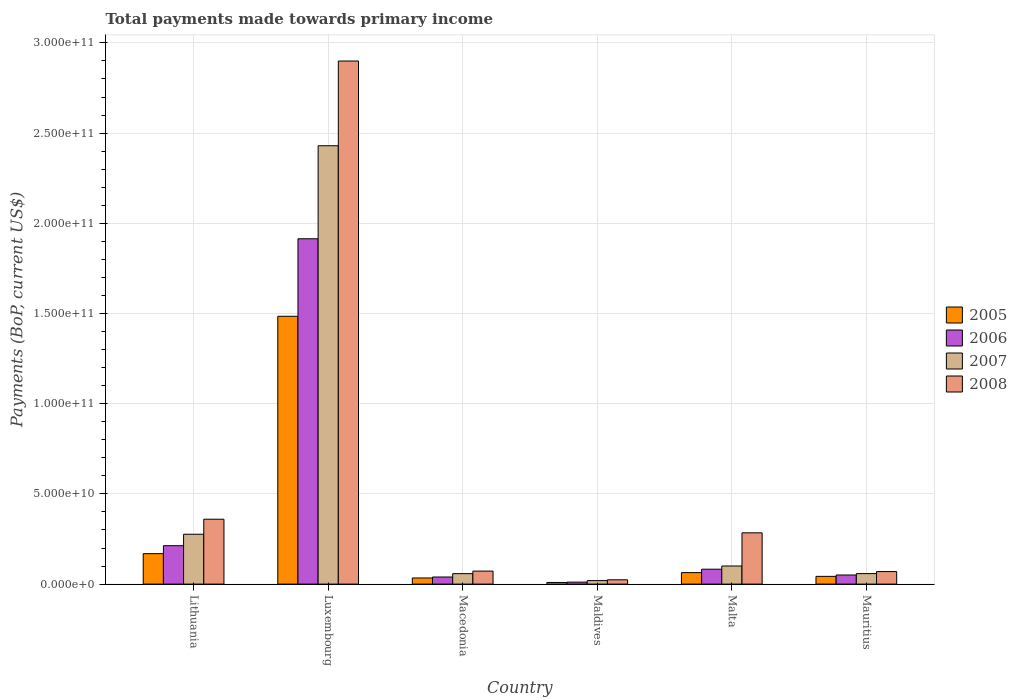
| Country | 2005 | 2006 | 2007 | 2008 |
 | --- | --- | --- | --- | --- |
 | Lithuania | 1.69e+10 | 2.13e+10 | 2.76e+10 | 3.6e+10 |
 | Luxembourg | 1.48e+11 | 1.91e+11 | 2.43e+11 | 2.9e+11 |
 | Macedonia | 3.39e+09 | 3.93e+09 | 5.8e+09 | 7.21e+09 |
 | Maldives | 9.1e+08 | 1.1e+09 | 1.94e+09 | 2.38e+09 |
 | Malta | 6.37e+09 | 8.26e+09 | 1e+10 | 2.84e+10 |
 | Mauritius | 4.28e+09 | 5.05e+09 | 5.82e+09 | 6.95e+09 |